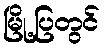
မြို့ပြတွင်